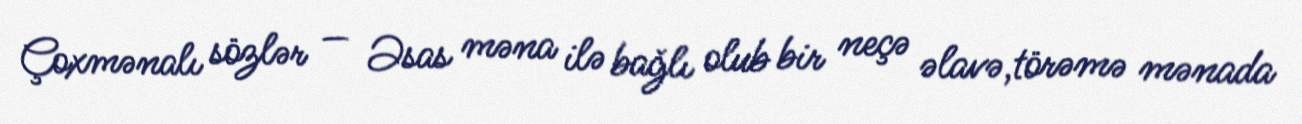
Çoxmənalı sözlər — Əsas məna ilə bağlı olub bir neçə əlavə,törəmə mənada